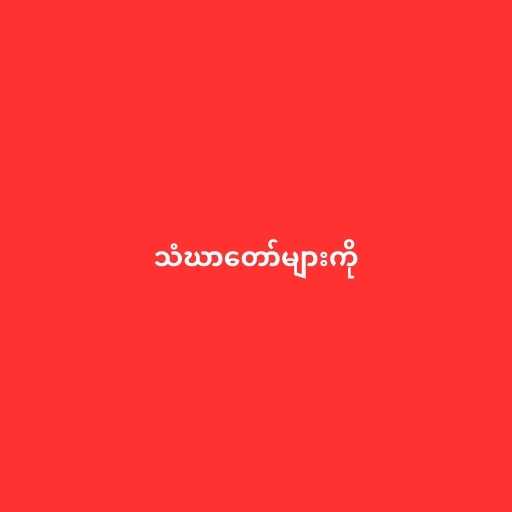
သံဃာတော်များကို